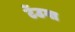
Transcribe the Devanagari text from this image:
टेंउगा